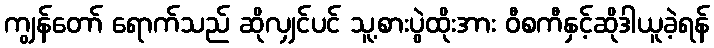
ကျွန်တော် ရောက်သည် ဆိုလျှင်ပင် သူ့စားပွဲထိုးအား ဝီစကီနှင့်ဆိုဒါယူခဲ့ရန်